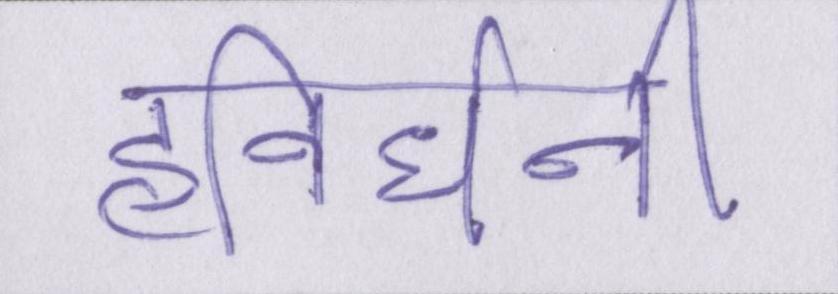
हविर्धनी